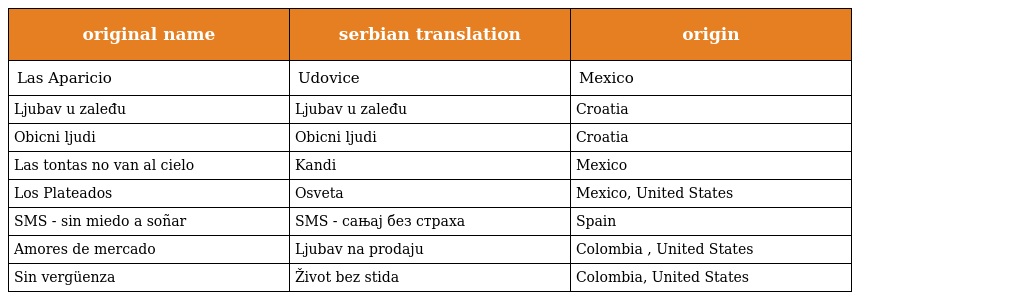
| original name | serbian translation | origin |
 | --- | --- | --- |
 | Las Aparicio | Udovice | Mexico |
 | Ljubav u zaleđu | Ljubav u zaleđu | Croatia |
 | Obicni ljudi | Obicni ljudi | Croatia |
 | Las tontas no van al cielo | Kandi | Mexico |
 | Los Plateados | Osveta | Mexico, United States |
 | SMS - sin miedo a soñar | SMS - сањај без страха | Spain |
 | Amores de mercado | Ljubav na prodaju | Colombia , United States |
 | Sin vergüenza | Život bez stida | Colombia, United States |